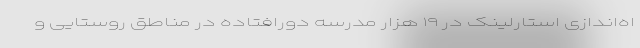
اه‌اندازی استارلینک در ۱۹ هزار مدرسه دورافتاده در مناطق روستایی و